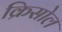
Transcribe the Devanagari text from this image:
क्रिसोल